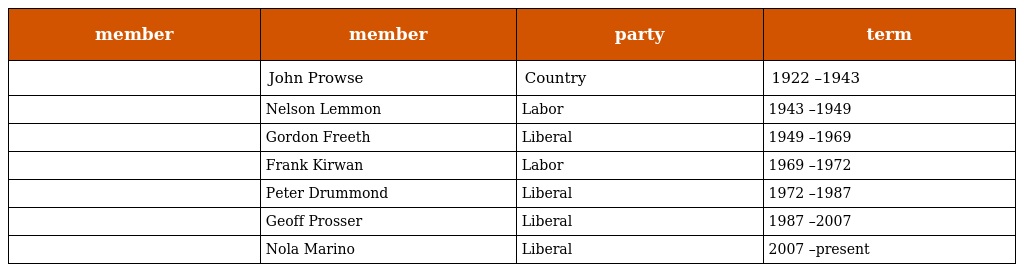
| member | member | party | term |
 | --- | --- | --- | --- |
 |  | John Prowse | Country | 1922 –1943 |
 |  | Nelson Lemmon | Labor | 1943 –1949 |
 |  | Gordon Freeth | Liberal | 1949 –1969 |
 |  | Frank Kirwan | Labor | 1969 –1972 |
 |  | Peter Drummond | Liberal | 1972 –1987 |
 |  | Geoff Prosser | Liberal | 1987 –2007 |
 |  | Nola Marino | Liberal | 2007 –present |